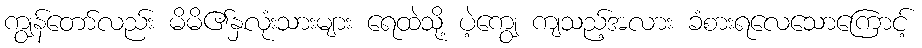
ကျွန်တော်လည်း မိမိ၏နှလုံးသားများ ရေထဲသို့ ပဲ့ကျွေ ကျသည့်အလား ခံစားရလေသောကြောင့်